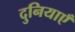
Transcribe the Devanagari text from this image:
दुनियाएँ